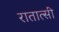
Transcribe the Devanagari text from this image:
रातात्सी